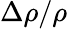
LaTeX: \Delta\rho/\rho